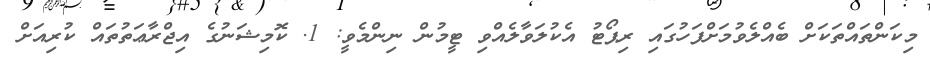
މިކަންތައްތަކަށް ބެއްލެވުމަށްފަހުގައި ރިޕޯޓު އެކުލަވާލެއްވި ޓީމުން ނިންމެވީ: 1. ކޮމިޝަނުގެ އިޖްރާޢަތުތައް ކުރިއަށް